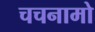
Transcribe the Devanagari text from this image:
चचनामो